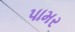
પામર